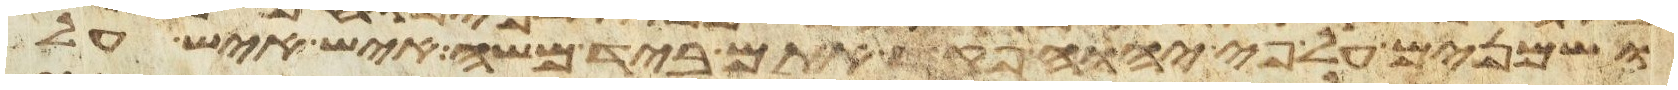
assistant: ושמנים על פי יהוה פקד אתם ביד משה איש איש על